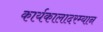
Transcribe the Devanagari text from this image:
कार्यकालादरम्यान